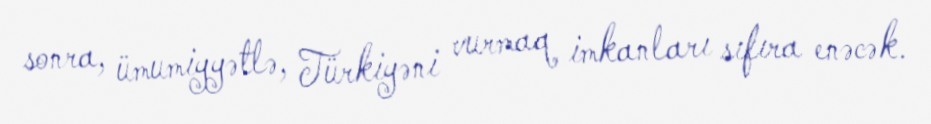
sonra, ümumiyyətlə, Türkiyəni vurmaq imkanları sıfıra enəcək.